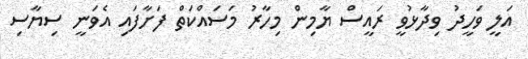
އަލީ ވަހީދު ވިދާޅުވީ ރައީސް ޔާމިން މިހާރު މަސައްކަތް ފަށާފައި އެވަނީ ސިޔާސި